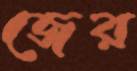
জের